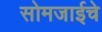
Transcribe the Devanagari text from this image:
सोमजाईचे